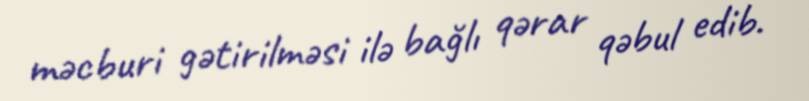
məcburi gətirilməsi ilə bağlı qərar qəbul edib.